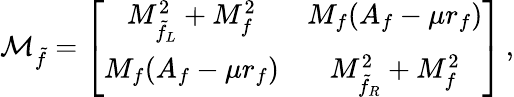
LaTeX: {\cal M}_{\tilde{f}}=\left[\begin{array}{cc}{{M_{\tilde{f}_{L}}^{2}+M_{f}^{2}}}&{{M_{f}(A_{f}-\mu r_{f})}}\\ {{M_{f}(A_{f}-\mu r_{f})}}&{{M_{\tilde{f}_{R}}^{2}+M_{f}^{2}}}\end{array}\right]\, ,